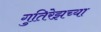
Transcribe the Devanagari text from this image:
गुतिरेझच्या